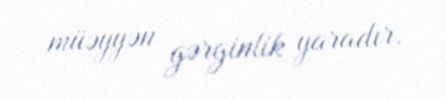
müəyyən gərginlik yaradır.